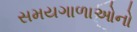
સમયગાળાઓનો